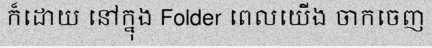
ក៏ដោយ នៅក្នុង Folder ពេលយើង ចាកចេញ